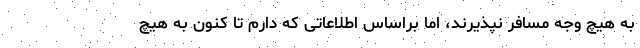
به هیچ وجه مسافر نپذیرند، اما براساس اطلاعاتی که دارم تا کنون به هیچ